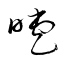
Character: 睫